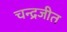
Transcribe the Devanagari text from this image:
चन्द्रजीत